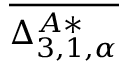
\overline { { \Delta _ { 3 , 1 , \alpha } ^ { A * } } }